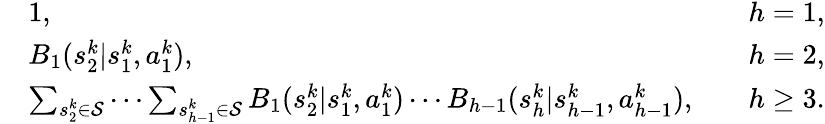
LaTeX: \begin{array}{rlr}&{1,\quad}&{h=1,}\\ &{B_{1}(s_{2}^{k}\vert s_{1}^{k},a_{1}^{k}),\quad}&{h=2,}\\ &{\sum_{s_{2}^{k}\in\mathcal{S}}\cdots\sum_{s_{h-1}^{k}\in\mathcal{S}}B_{1}(s_{2}^{k}\vert s_{1}^{k},a_{1}^{k})\cdots B_{h-1}(s_{h}^{k}\vert s_{h-1}^{k},a_{h-1}^{k}),\quad}&{h\geq 3.}\end{array}